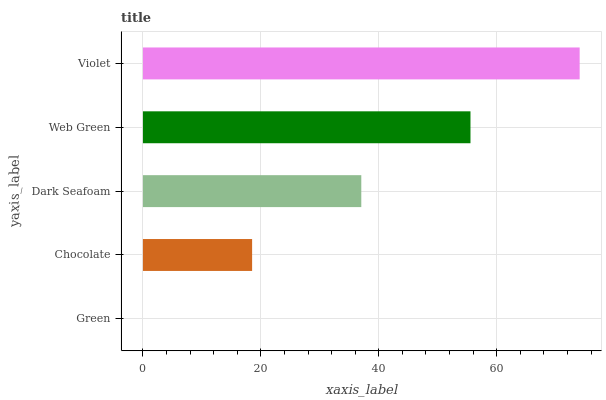
| yaxis_label | bars |
 | --- | --- |
 | Green | 0 |
 | Chocolate | 18.5 |
 | Dark Seafoam | 37 |
 | Web Green | 55.6 |
 | Violet | 74.1 |